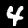
Label: 4